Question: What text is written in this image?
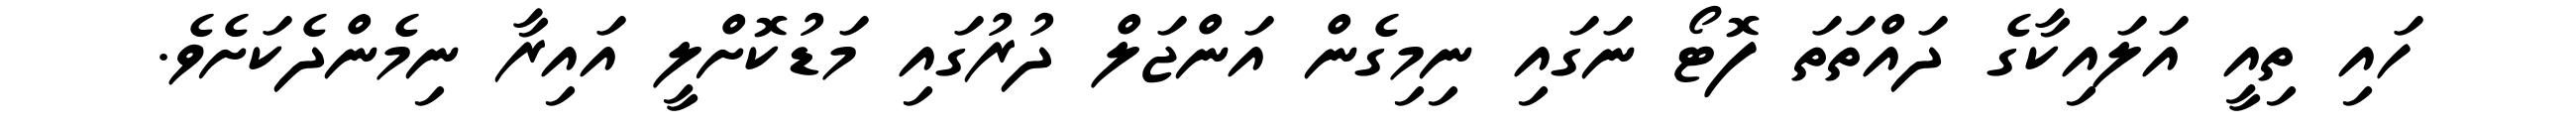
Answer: ހައި ތިއީ އަލައިކާގެ ދައްތަތަ ފޮޓޯ ނަގައި ނިމިގެން އަންޖަލް ދުރުގައި މަޑުކޮށްލީ އައިރާ ނިމެންދެކަށެވެ.